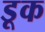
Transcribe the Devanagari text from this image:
डूक